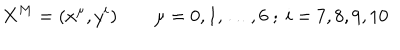
X ^ { M } = ( x ^ { \mu } , y ^ { i } ) \qquad \mu = 0 , 1 , \ldots , 6 \ ; \ i = 7 , 8 , 9 , 1 0